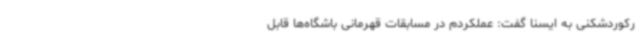
رکوردشکنی به ایسنا گفت: عملکردم در مسابقات قهرمانی باشگاه‌ها قابل